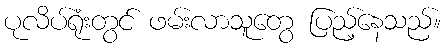
ပုလိပ်ရုံးတွင် ဖမ်းလာသူတွေ ပြည့်နေသည်။